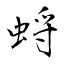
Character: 蛶